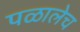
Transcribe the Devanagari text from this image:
पळालेच